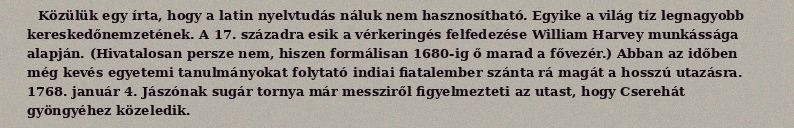
Közülük egy írta, hogy a latin nyelvtudás náluk nem hasznosítható. Egyike a világ tíz legnagyobb kereskedőnemzetének. A 17. századra esik a vérkeringés felfedezése William Harvey munkássága alapján. (Hivatalosan persze nem, hiszen formálisan 1680-ig ő marad a fővezér.) Abban az időben még kevés egyetemi tanulmányokat folytató indiai fiatalember szánta rá magát a hosszú utazásra. 1768. január 4. Jászónak sugár tornya már messziről figyelmezteti az utast, hogy Cserehát gyöngyéhez közeledik.